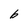
Character: b